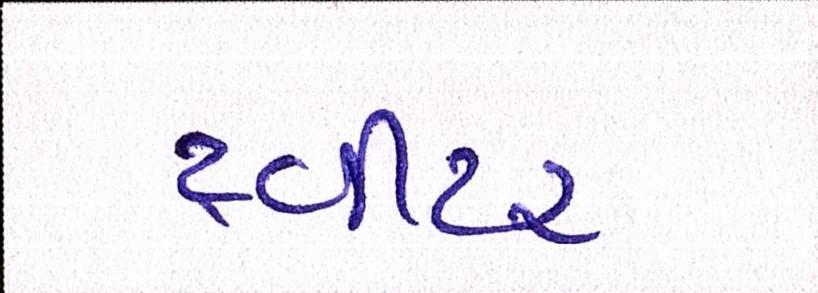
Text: ટ્વીટર